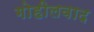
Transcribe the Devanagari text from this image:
गोहीलवाद